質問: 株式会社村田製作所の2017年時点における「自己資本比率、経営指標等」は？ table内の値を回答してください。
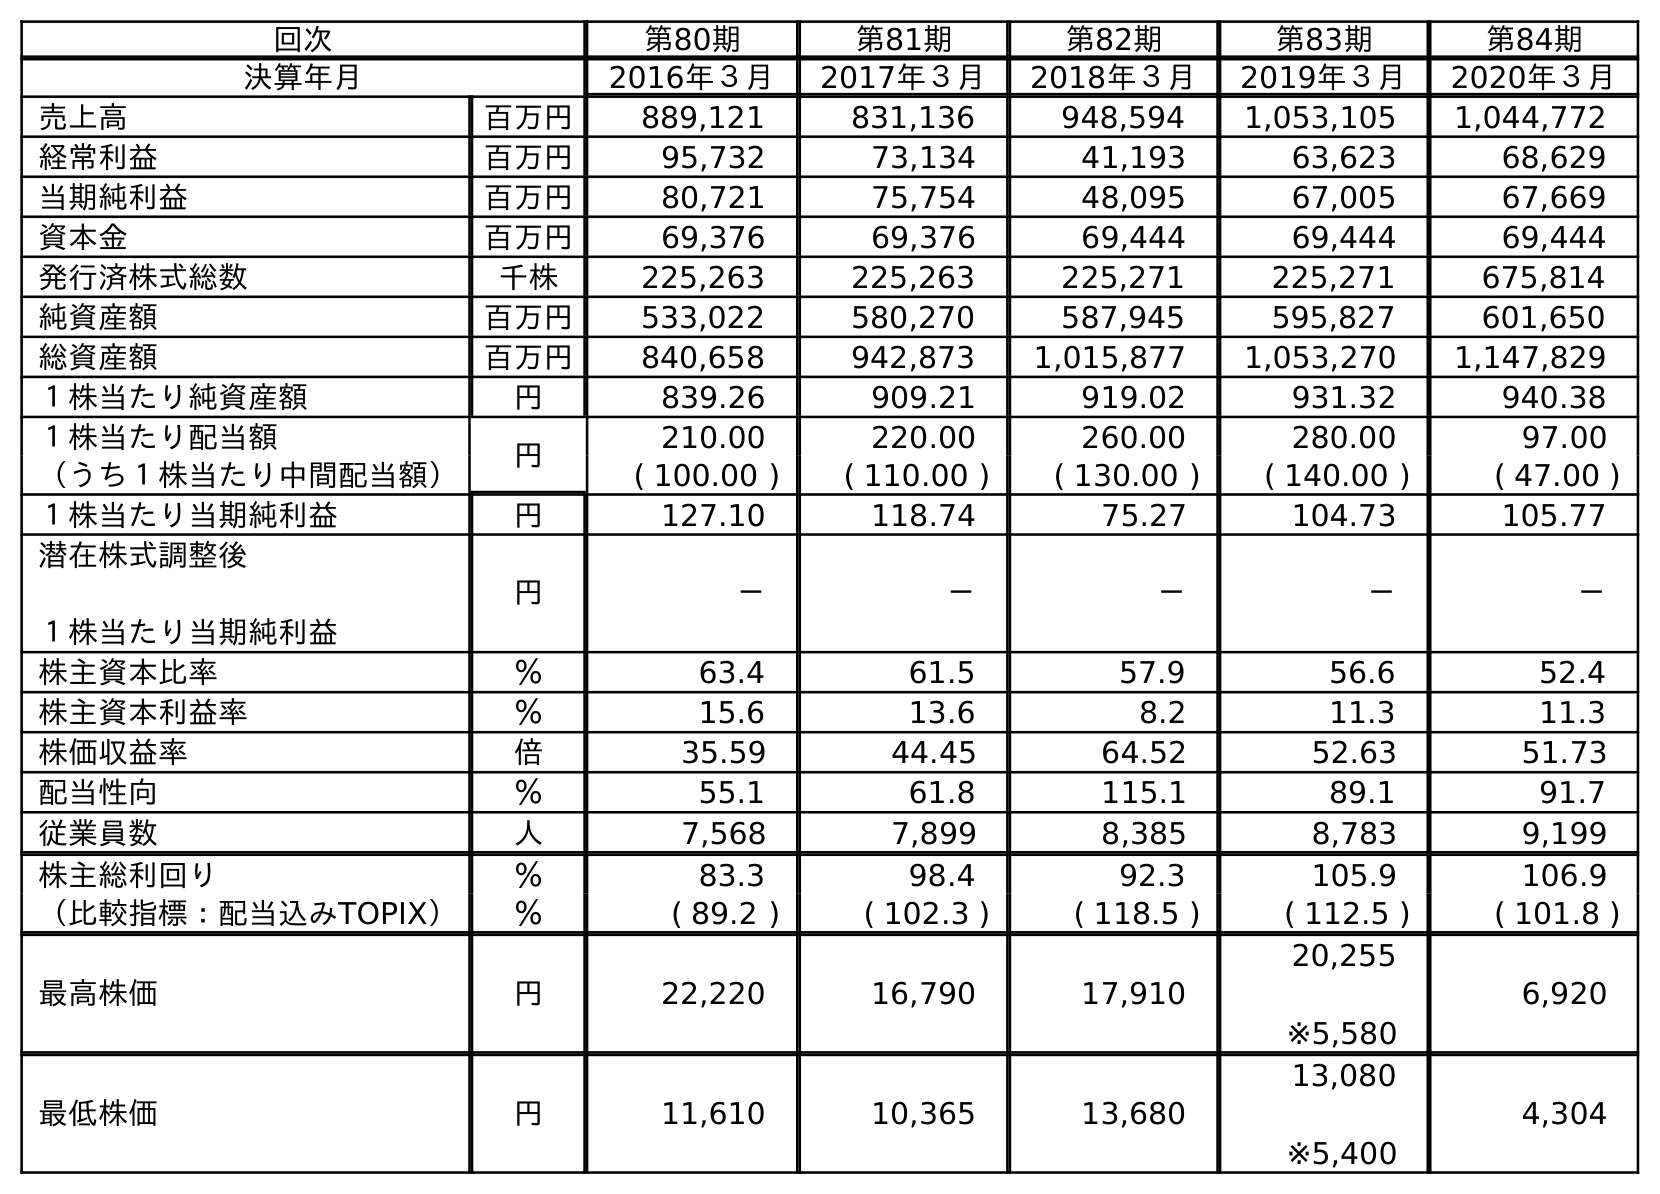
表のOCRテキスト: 回次 第80期 第81期 第82期 第83期 第84期 決算年月 2016年３月 2017年３月 2018年３月 2019年３月 2020年３月 売上高 百万円 889,121 831,136 948,594 1,053,105 1,044,772 経常利益 百万円 95,732 73,134 41,193 63,623 68,629 当期純利益 百万円 80,721 75,754 48,095 67,005 67,669 資本金 百万円 69,376 69,376 69,444 69,444 69,444 発行済株式総数 千株 225,263 225,263 225,271 225,271 675,814 純資産額 百万円 533,022 580,270 587,945 595,827 601,650 総資産額 百万円 840,658 942,873 1,015,877 1,053,270 1,147,829 １株当たり純資産額 円 839.26 909.21 919.02 931.32 940.38 １株当たり配当額 円 210.00 220.00 260.00 280.00 97.00 （うち１株当たり中間配当額） ( 100.00 ) ( 110.00 ) ( 130.00 ) ( 140.00 ) ( 47.00 ) １株当たり当期純利益 円 127.10 118.74 75.27 104.73 105.77 潜在株式調整後 １株当たり当期純利益 円 － － － － － 株主資本比率 ％ 63.4 61.5 57.9 56.6 52.4 株主資本利益率 ％ 15.6 13.6 8.2 11.3 11.3 株価収益率 倍 35.59 44.45 64.52 52.63 51.73 配当性向 ％ 55.1 61.8 115.1 89.1 91.7 従業員数 人 7,568 7,899 8,385 8,783 9,199 株主総利回り ％ 83.3 98.4 92.3 105.9 106.9 （比較指標：配当込みTOPIX） ％ ( 89.2 ) ( 102.3 ) ( 118.5 ) ( 112.5 ) ( 101.8 ) 最高株価 円 22,220 16,790 17,910 20,255 ※5,580 6,920 最低株価 円 11,610 10,365 13,680 13,080 ※5,400 4,304
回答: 61.5